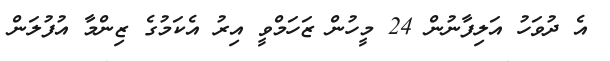
އެ ދުވަހު އަލިފާނުން 24 މީހުން ޒަހަމްވީ އިރު އެކަމުގެ ޒިންމާ އުފުލަން